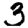
Digit: 3